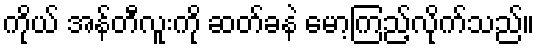
ကိုယ် အန်တီလူးကို ဆတ်ခနဲ မော့ကြည့်လိုက်သည်။